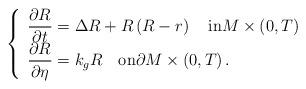
LaTeX: \begin{align*}\left\{\begin{array}{l}\dfrac{\partial R}{\partial t}=\Delta R + R\left(R-r\right) \quad\mbox{in}M\times\left(0,T\right)\\\dfrac{\partial R}{\partial \eta}=k_g R \quad\mbox{on}\partial M\times\left(0,T\right).\end{array}\right.\end{align*}